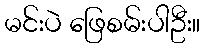
မင်းပဲ ဖြေစမ်းပါဦး။